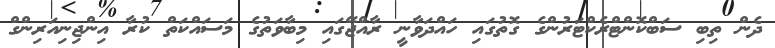
ދެން ތިބި ސަބްކޮންޓްރެކްޓަރުންގެ ގޮތުގައި ހައްދަވާނީ ރާއްޖޭގައި މިބާވަތުގެ މަސައްކަތް ކުރާ އިންޖިނިއަރިންގް